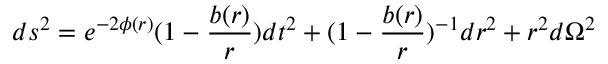
d s ^ { 2 } = e ^ { - 2 \phi ( r ) } ( 1 - \frac { b ( r ) } { r } ) d t ^ { 2 } + ( 1 - \frac { b ( r ) } { r } ) ^ { - 1 } d r ^ { 2 } + r ^ { 2 } d \Omega ^ { 2 }